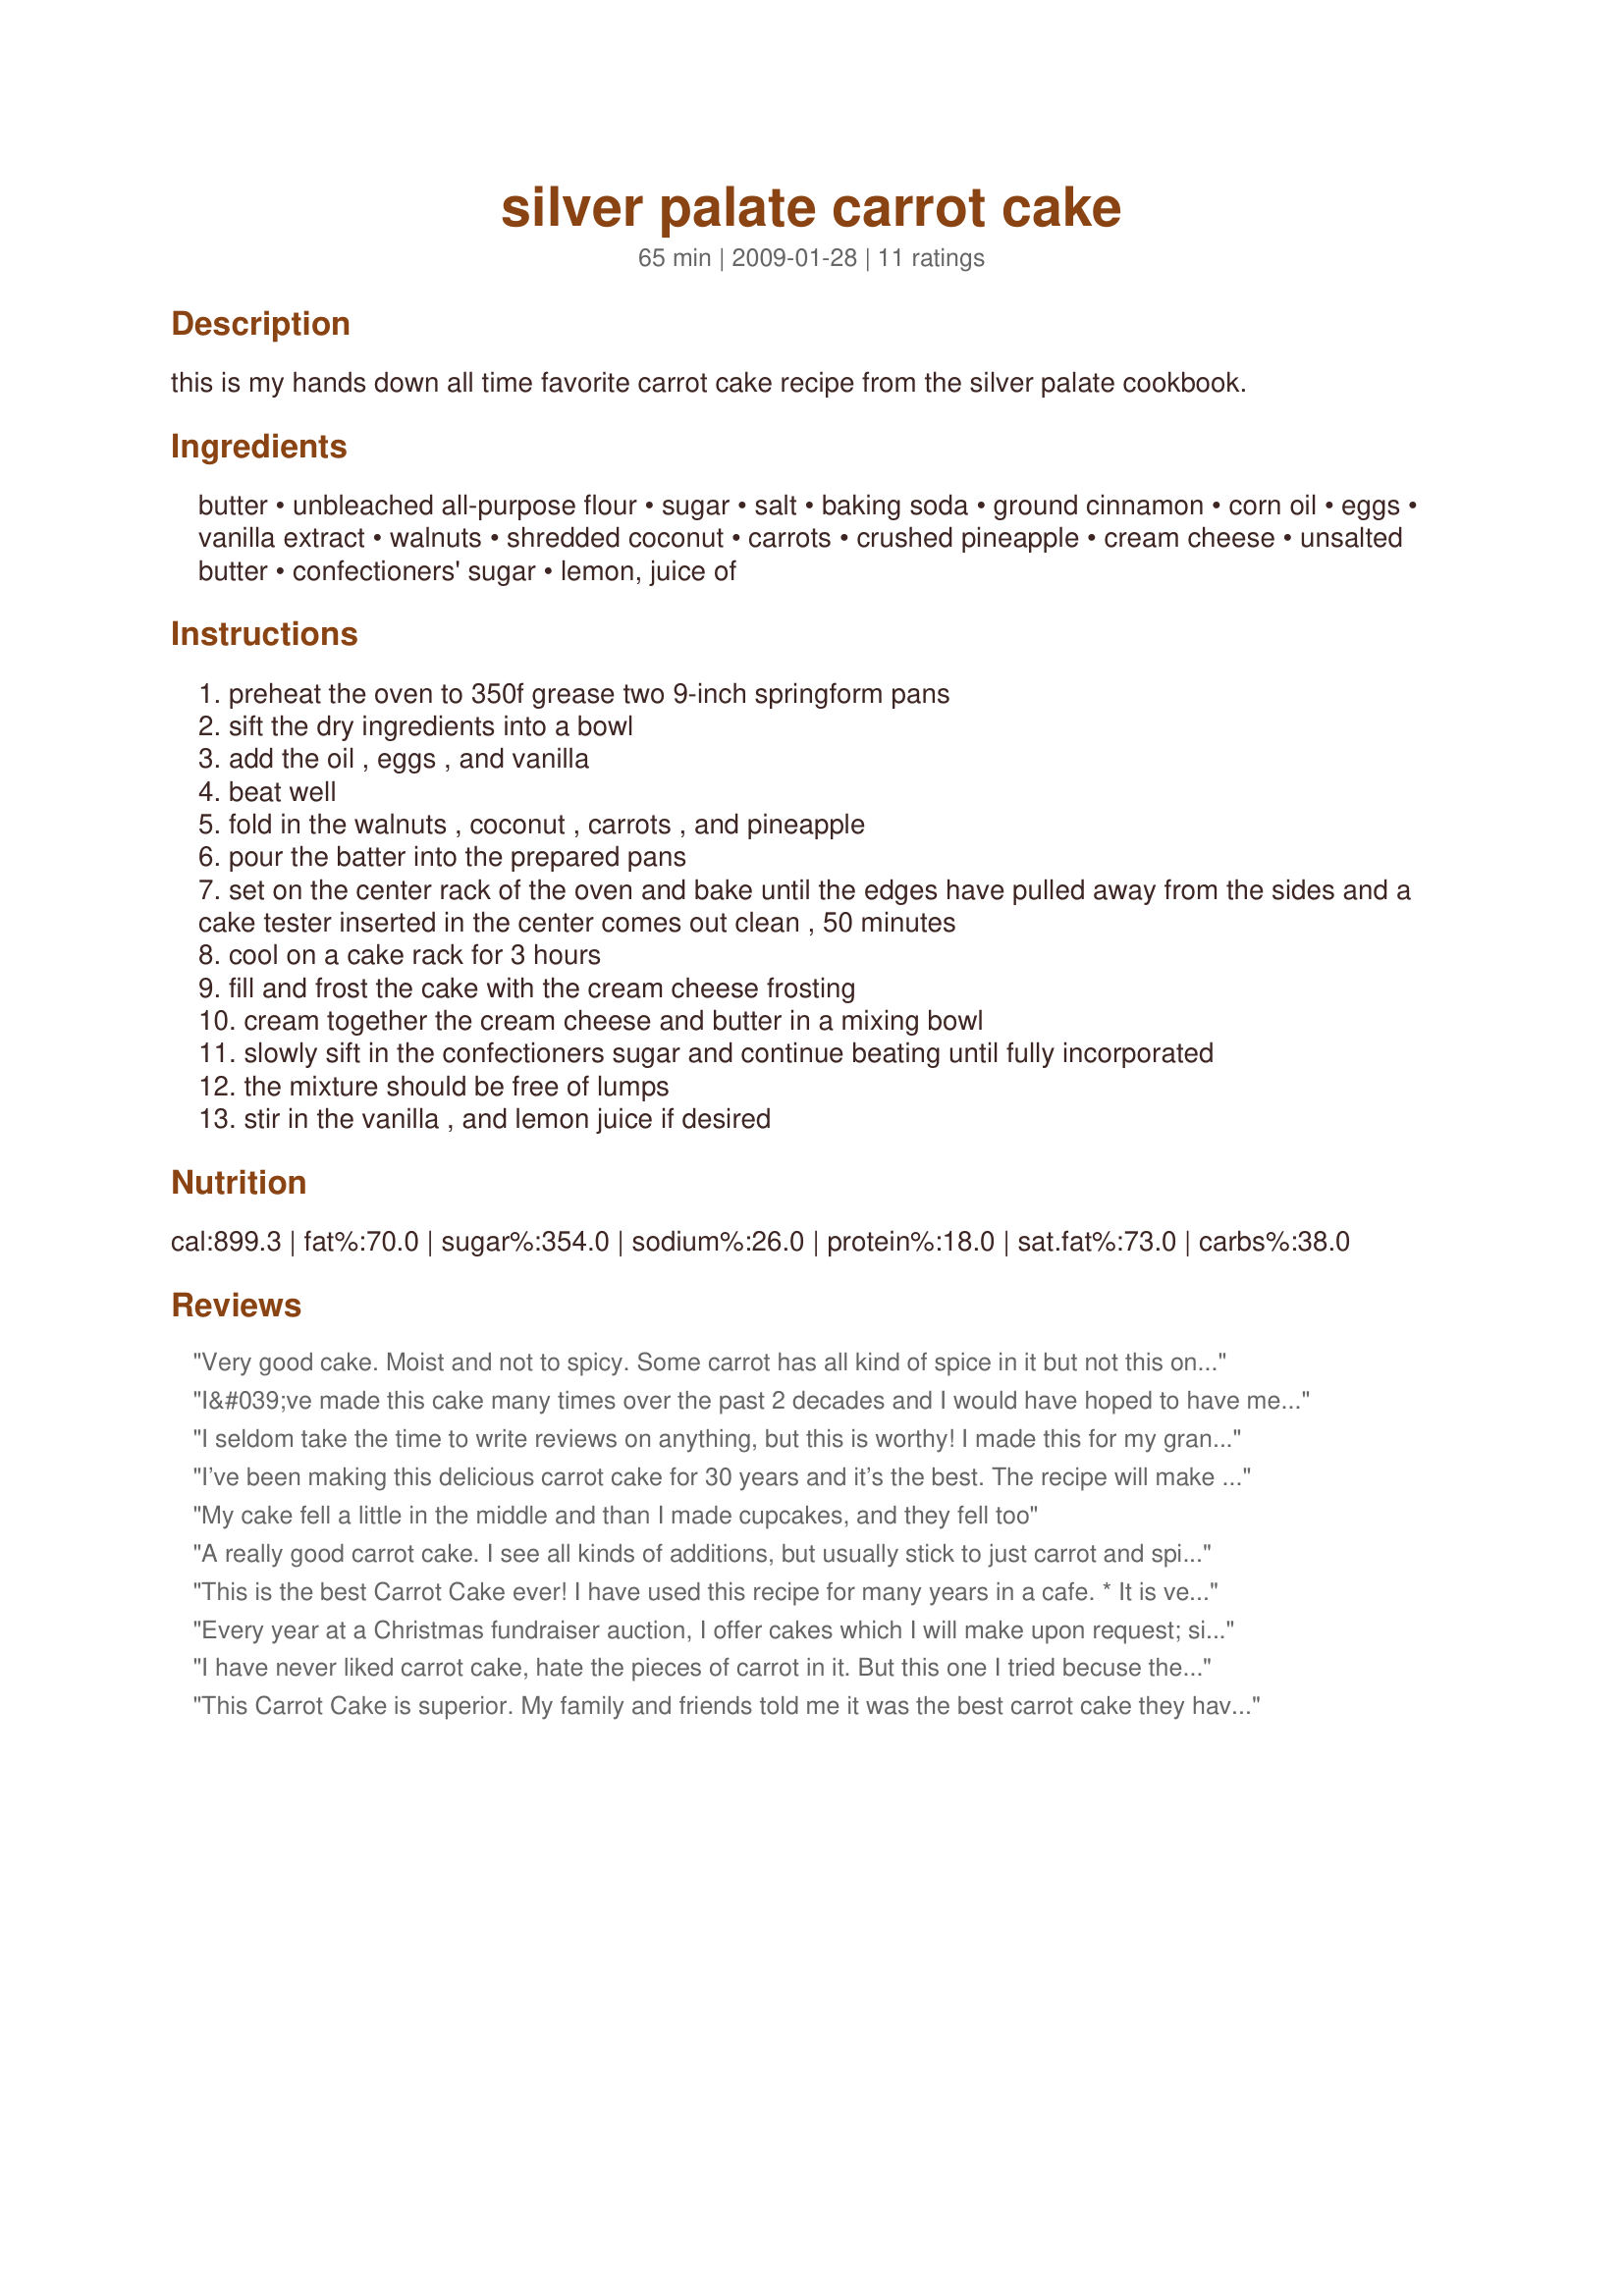
silver palate carrot cake
Preparation time: 65 minutes

this is my hands down all time favorite carrot cake recipe from the silver palate cookbook.

Ingredients:
butter, unbleached all-purpose flour, sugar, salt, baking soda, ground cinnamon, corn oil, eggs, vanilla extract, walnuts, shredded coconut, carrots, crushed pineapple, cream cheese, unsalted butter, confectioners' sugar, lemon, juice of

Steps:
preheat the oven to 350f grease two 9-inch springform pans
sift the dry ingredients into a bowl
add the oil , eggs , and vanilla
beat well
fold in the walnuts , coconut , carrots , and pineapple
pour the batter into the prepared pans
set on the center rack of the oven and bake until the edges have pulled away from the sides and a cake tester inserted in the center comes out clean , 50 minutes
cool on a cake rack for 3 hours
fill and frost the cake with the cream cheese frosting
cream together the cream cheese and butter in a mixing bowl
slowly sift in the confectioners sugar and continue beating until fully incorporated
the mixture should be free of lumps
stir in the vanilla , and lemon juice if desired

Reviews:
Very good cake. Moist and not to spicy. Some carrot has all kind of spice in it but not this one. The cinnamon amount was perfect. I did not puree the carrot. I just used a very fine grater and grated the carrots. It came out just fine. Oh, and the frosting is to die for. I licked the bowl he he he. Thanks for posting the recipe.
I&#039;ve made this cake many times over the past 2 decades and I would have hoped to have memorized it by now. Instead of pulling out my trusty Silver Palate Cookbook, I googled the recipe and came up with this one. Unfortunately, I didn&#039;t verify that the amounts of the ingredients were correct until the cake was already in the oven. Corn Oil according the the book is 1 1/2 cups, not 1. I hope and pray that the missing 1/2 cup of oil won&#039;t make a difference. :(
I seldom take the time to write reviews on anything, but this is worthy! I made this for my grandson's birthday party...the guests went crazy for it. Great taste, texture, complexity; perfect in every way! (My son's dog liked it too...while I was letting cake cool, he ate an entire layer! GRRR!)
I’ve been making this delicious carrot cake for 30 years and it’s the best. The recipe will make 36 cupcakes but the frosting only covers about 30. As a side note, the original recipe calls for 1 1/2 cups corn oil but 1 cup is fine.
My cake fell a little in the middle and than I made cupcakes, and they fell too
A really good carrot cake. I see all kinds of additions, but usually stick to just carrot and spices in my cakes. However, the pineapple added a great tang and the coconut a lovely texture. Had to leave the nuts out as I&#039;m allergic, but it still tasted great!
This is the best Carrot Cake ever! I have used this recipe for many years in a cafe.
* It is very moist
* Carrots do not turn green as in many recipes
I reduce the sugar by nearly 1 cup, put them into giant muffin tins, and make these into &quot;Morning Muffins&quot; for a cafe. When business is slow, I bake half of the batter the first morning, and then the other half the next day, which spreads out the delightful morning smells. I substitute canned pumpkin for the carrots in the fall! One last tip, since I make them often, I puree a big bag of carrots at a time, then freeze the remainder for my next baking day.
Every year at a Christmas fundraiser auction, I offer cakes which I will make upon request; six highest bidders get to call me for a cake. By far, the most requested is carrot cake; this is the recipe I use, from the Silver Palate cookbook. Moist, rich, flavorful, not difficult to make at all. One of my friends gives a testimonial for it worthy of a camp meeting or revival.

BE FOREWARNED: My recipe from the cookbook says two 9&quot; pans. Balderdash! I bought 10&quot; pans to accomodate this huge cake. Three 9 inch layers tend to slip and slide around and get very messy. Makes a ton of fabulous cupcakes if you prefer.

If you have a large group to feed, make this cake. Bake the layers, wrap well, freeze and then bring them out and frost them. Cake keeps well and improves with age.
I have never liked carrot cake, hate the pieces of carrot in it. But this one I tried becuse the carrots were pureed. Incredible! I first made it 3 years ago for Thanksgiving and everyone went nuts for it. It is now a holiday staple at our house or whenever I get the urge to make one. I only have one springform pan so I just use my regular cake pans and it comes out fine. And this is the only cream cheese frosting I like to most are gross.
This Carrot Cake is superior. My family and friends told me it was the best carrot cake they have ever had. I used baby food carrots instead of peeling, cooking, & pureeing and it came out absolutely fabulous. I would recommned making sure you use the 9 inch spring form pans. I used on huge spring form and had to cook the cake for almost 2 hours. It didn't burn, but the edges were a little browner than I would have liked. The frosting - oh my goodness! is the best.
So frustrated at myself! Everyone said it turns out great. Well, I tried it twice this morning and have decided this isn't the recipe for me. Cake 1 at 6:00 am, started smoking. I used two 9&quot; pans. They ran over. It was a &quot;volcano&quot; in the even. What batter that had not set was placed in a pan with cupcake liners. Got 12 cupcakes from this mess &amp; had to scrape the oven &amp; pans. What a mess. I thought all 9&quot; pans were standard. Guess not. Cake 2- decided to do some cupcakes in addition to a 2-layer cake. Cupcakes sunk in the middle drastically! I googled this as to why and possibly I got too much air in the batter. I was tired and chose to beat the final ingredients versus fold. Must make a huge difference. Lesson well learned, that's why I am sharing. Next, the cupcakes severely stuck to the liners. Crumble as you attempt to remove liner. Maybe, I should have sprayed the liners. I am certain it's my fault with this recipe. The crumbled cupcakes taste great. Now, out of the same batter as the cupcakes, the 2-layer cakes looked great. Pulled away beautifully from their 9&quot; pans. Getting dark on top, checked a few times to pull out a clean toothpick. Finally, thought they were done. After letting them cool, I removed them from the pan. Pretty raw in the middle. Am throwing in the towel. Will go to my no fail site: &quot;Add a pinch&quot;. I have made their cakes numerous times. They turn out perfectly. Had to share my luck. Am not making this carrot cake, again. ??
